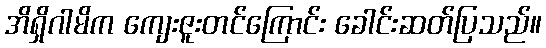
အိရှိဂါမိက ကျေးဇူးတင်ကြောင်း ခေါင်းဆတ်ပြသည်။